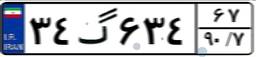
۳۴گ۶۳۴۶۷